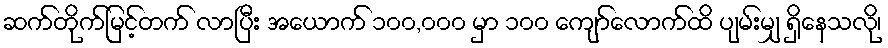
ဆက်တိုက်မြင့်တက် လာပြီး အယောက် ၁၀၀,၀၀၀ မှာ ၁၀၀ ကျော်လောက်ထိ ပျမ်းမျှ ရှိနေသလို၊